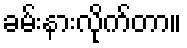
ခမ်းနားလိုက်တာ။